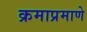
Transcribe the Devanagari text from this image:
क्रमाप्रमाणे